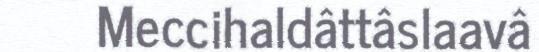
Meccihaldâttâslaavâ